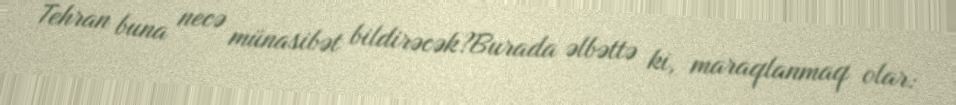
Tehran buna necə münasibət bildirəcək?Burada əlbəttə ki, maraqlanmaq olar: